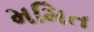
મમિત